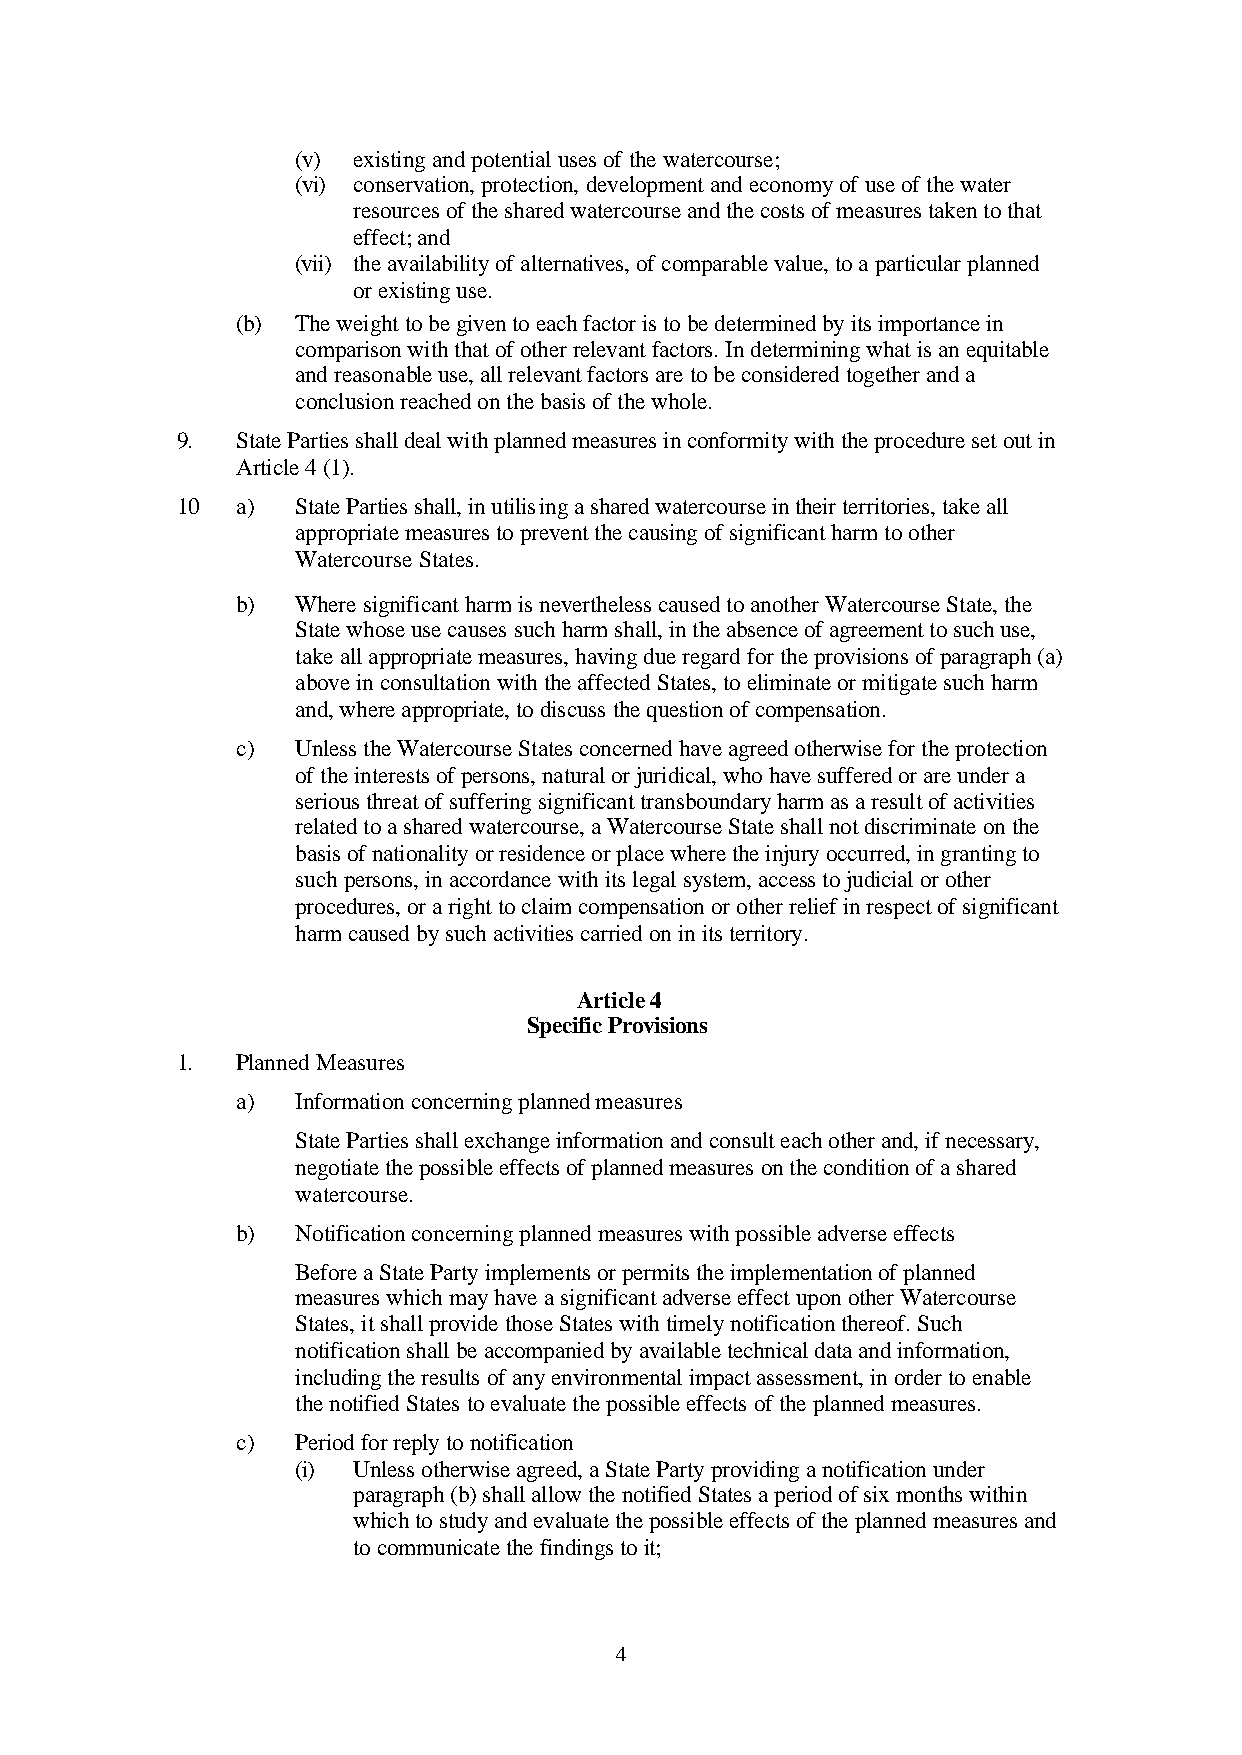
(v) existing and potential uses of the watercourse;
 (vi) conservation, protection, development and economy of use of the water
 resources of the shared watercourse and the costs of measures taken to that
 effect; and
 (vii) the availability of alternatives, of comparable value, to a particular planned
 or existing use.
 (b) The weight to be given to each factor is to be determined by its importance in
 comparison with that of other relevant factors. In determining what is an equitable
 and reasonable use, all relevant factors are to be considered together and a
 conclusion reached on the basis of the whole.
 9.  State Parties shall deal with planned measures in conformity with the procedure set out in
 Article 4 (1).
 10  a)  State Parties shall, in utilising a shared watercourse in their territories, take all
 appropriate measures to prevent the causing of significant harm to other
 Watercourse States.
 b)  Where significant harm is nevertheless caused to another Watercourse State, the
 State whose use causes such harm shall, in the absence of agreement to such use,
 take all appropriate measures, having due regard for the provisions of paragraph (a)
 above in consultation with the affected States, to eliminate or mitigate such harm
 and, where appropriate, to discuss the question of compensation.
 c)  Unless the Watercourse States concerned have agreed otherwise for the protection
 of the interests of persons, natural or juridical, who have suffered or are under a
 serious threat of suffering significant transboundary harm as a result of activities
 related to a shared watercourse, a Watercourse State shall not discriminate on the
 basis of nationality or residence or place where the injury occurred, in granting to
 such persons, in accordance with its legal system, access to judicial or other
 procedures, or a right to claim compensation or other relief in respect of significant
 harm caused by such activities carried on in its territory.
 Article 4
 Specific Provisions
 1.  Planned Measures
 a)  Information concerning planned measures
 State Parties shall exchange information and consult each other and, if necessary,
 negotiate the possible effects of planned measures on the condition of a shared
 watercourse.
 b)  Notification concerning planned measures with possible adverse effects
 Before a State Party implements or permits the implementation of planned
 measures which may have a significant adverse effect upon other Watercourse
 States, it shall provide those States with timely notification thereof. Such
 notification shall be accompanied by available technical data and information,
 including the results of any environmental impact assessment, in order to enable
 the notified States to evaluate the possible effects of the planned measures.
 c)  Period for reply to notification
 (i) Unless otherwise agreed, a State Party providing a notification under
 paragraph (b) shall allow the notified States a period of six months within
 which to study and evaluate the possible effects of the planned measures and
 to communicate the findings to it;
 4